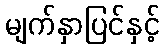
မျက်နှာပြင်နှင့်